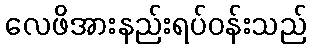
လေဖိအားနည်းရပ်ဝန်းသည်